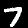
Label: 7